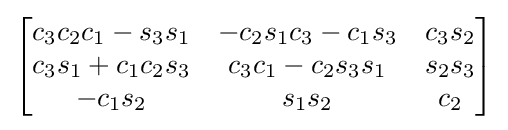
{\begin{bmatrix}c_{3}c_{2}c_{1}-s_{3}s_{1}&-c_{2}s_{1}c_{3}-c_{1}s_{3}&c_{3}s_{2}\\c_{3}s_{1}+c_{1}c_{2}s_{3}&c_{3}c_{1}-c_{2}s_{3}s_{1}&s_{2}s_{3}\\-c_{1}s_{2}&s_{1}s_{2}&c_{2}\end{bmatrix}}